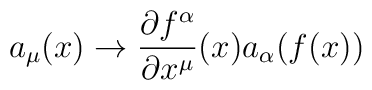
a_{\mu} (x) \to \frac{\partial f^\alpha}{\partial x^\mu}(x) a_\alpha(f(x))